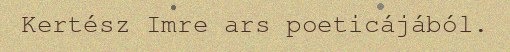
Kertész Imre ars poeticájából.